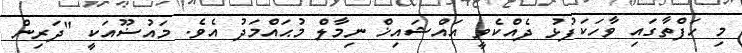
މި ހަފްތާގައި ވާހަކަފުޅު ދެއްކެވީ އައްޝައިޚް ނިމާލް މުޙައްމަދު އެވެ. މައުޟޫއަކީ "ދަރިން